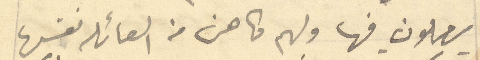
يصلون فيها ولهم كاهن من العائله نفسها